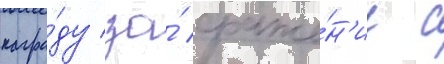
награ́ду за́ сраже́н'ие с